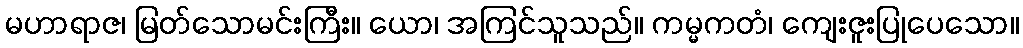
မဟာရာဇ၊ မြတ်သောမင်းကြီး။ ယော၊ အကြင်သူသည်။ ကမ္မကတံ၊ ကျေးဇူးပြုပေသော။